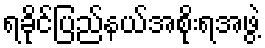
ရခိုင်ပြည်နယ်အစိုးရအဖွဲ့